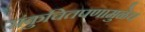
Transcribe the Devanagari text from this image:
संकुचितपणामुळेच